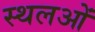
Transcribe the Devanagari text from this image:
स्थलओं